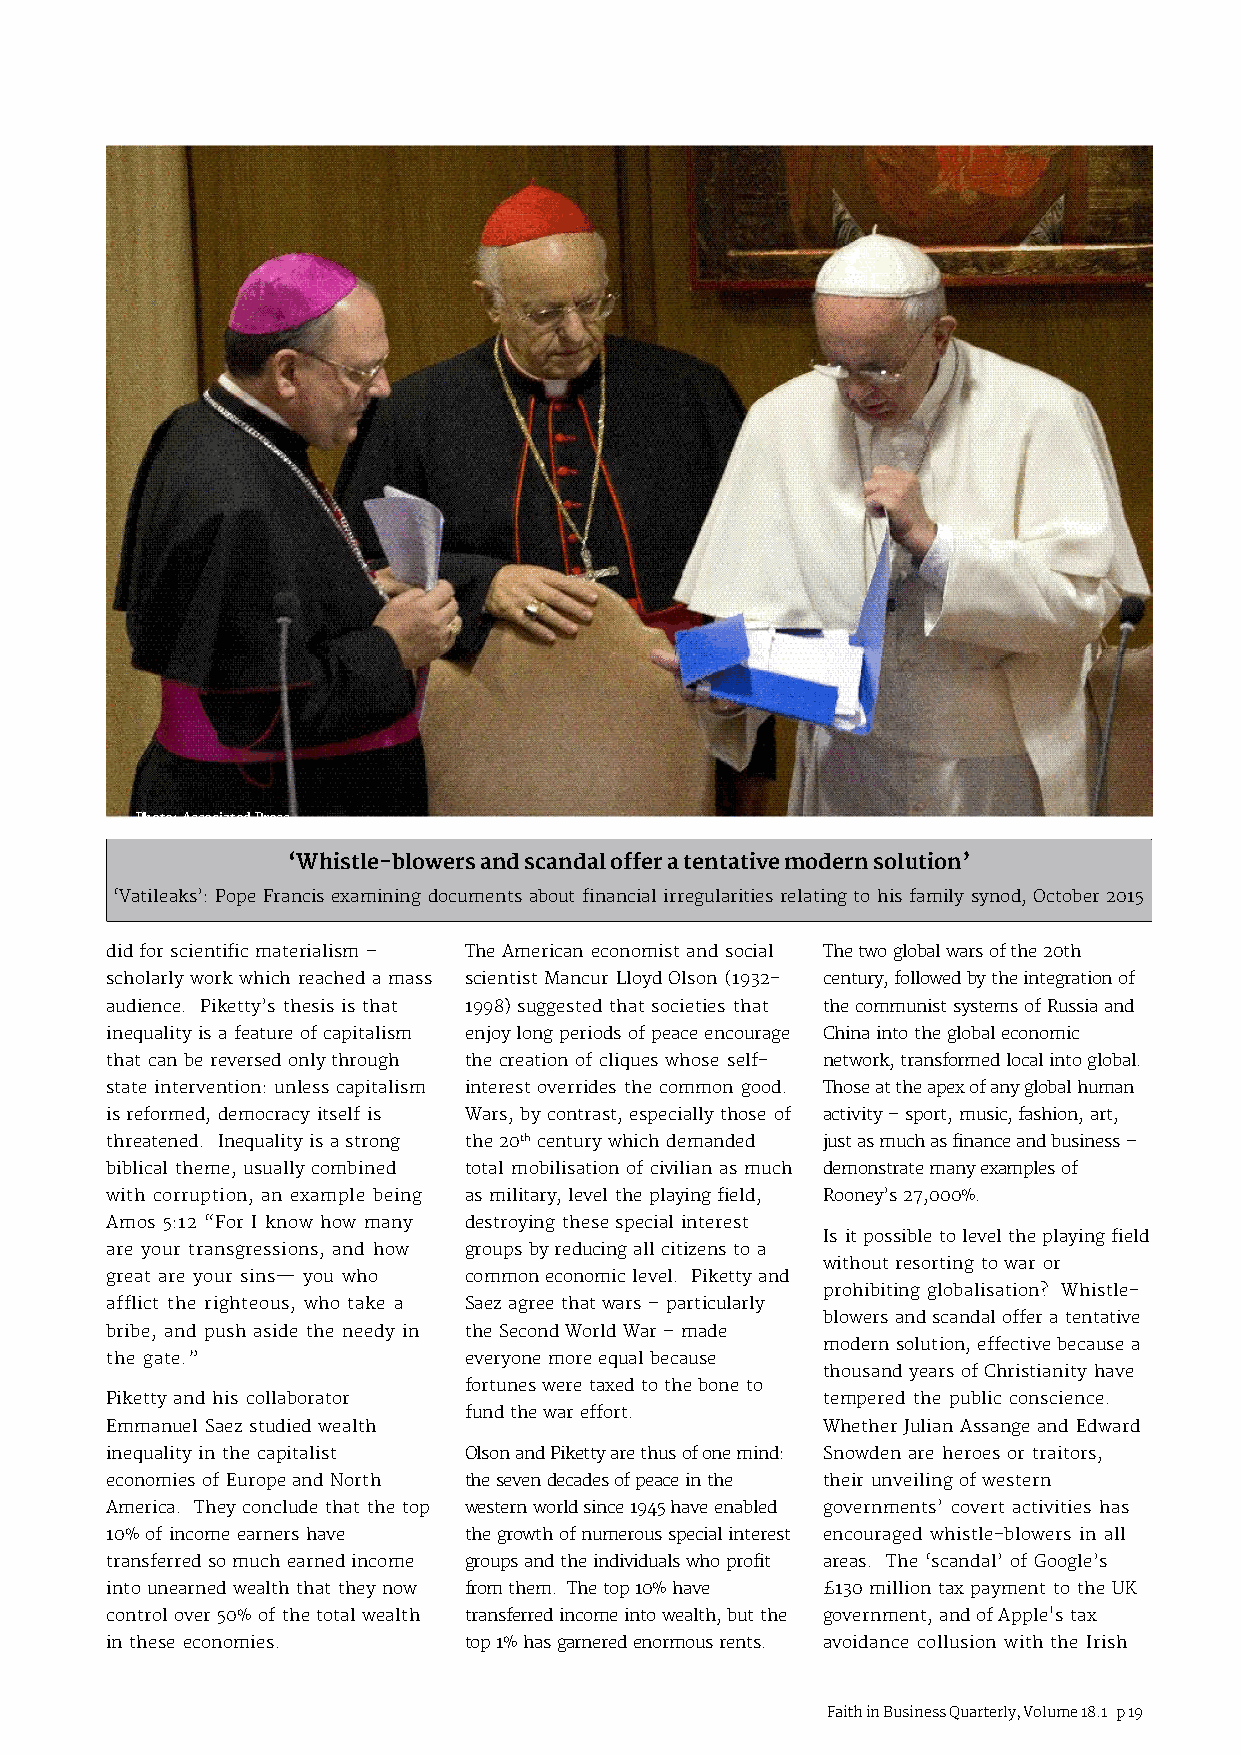
Christian Medical College
 and Hospital in Vellore
 Photo: Associated Press
 ‘Whistle-blowers and scandal offer a tentative modern solution’
 ‘Vatileaks’: Pope Francis examining documents about financial irregularities relating to his family synod, October 2015
 did for scientific materialism – The American economist and social The two global wars of the 20th
 scholarly work which reached a mass scientist Mancur Lloyd Olson (1932- century, followed by the integration of
 audience. Piketty’s thesis is that 1998) suggested that societies that the communist systems of Russia and
 inequality is a feature of capitalism enjoy long periods of peace encourage China into the global economic
 that can be reversed only through the creation of cliques whose self- network, transformed local into global.
 state intervention: unless capitalism interest overrides the common good. Those at the apex of any global human
 is reformed, democracy itself is Wars, by contrast, especially those of activity – sport, music, fashion, art,
 threatened. Inequality is a strong the 20th century which demanded just as much as finance and business –
 biblical theme, usually combined total mobilisation of civilian as much demonstrate many examples of
 with corruption, an example being as military, level the playing field, Rooney’s 27,000%.
 Amos 5:12 “For I know how many destroying these special interest
 Is it possible to level the playing field
 are your transgressions, and how groups by reducing all citizens to a
 without resorting to war or
 great are your sins— you who common economic level. Piketty and
 prohibiting globalisation? Whistle-
 afflict the righteous, who take a Saez agree that wars – particularly
 blowers and scandal offer a tentative
 bribe, and push aside the needy in the Second World War – made
 modern solution, effective because a
 the gate.”              everyone more equal because
 thousand years of Christianity have
 fortunes were taxed to the bone to
 Piketty and his collaborator                   tempered the public conscience.
 fund the war effort.
 Emmanuel Saez studied wealth                   Whether Julian Assange and Edward
 inequality in the capitalist Olson and Piketty are thus of one mind: Snowden are heroes or traitors,
 economies of Europe and North the seven decades of peace in the their unveiling of western
 America. They conclude that the top western world since 1945 have enabled governments’ covert activities has
 10% of income earners have the growth of numerous special interest encouraged whistle-blowers in all
 transferred so much earned income groups and the individuals who profit areas. The ‘scandal’ of Google’s
 into unearned wealth that they now from them. The top 10% have £130 million tax payment to the UK
 control over 50% of the total wealth transferred income into wealth, but the government, and of Apple's tax
 in these economies.     top 1% has garnered enormous rents. avoidance collusion with the Irish
 Faith in Business Quarterly, Volume 18.1 p 19